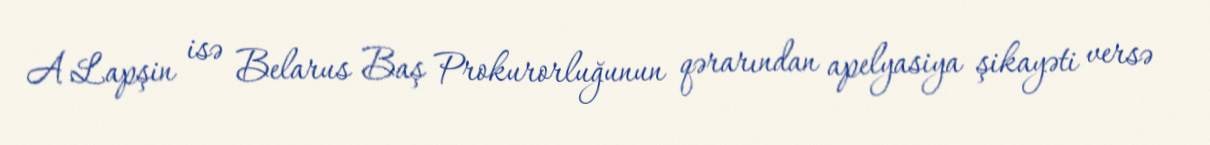
A.Lapşin isə Belarus Baş Prokurorluğunun qərarından apelyasiya şikayəti versə